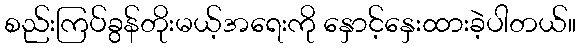
စည်းကြပ်ခွန်တိုးမယ့်အရေးကို နှောင့်နှေးထားခဲ့ပါတယ်။